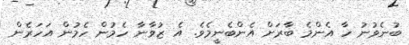
ބުނެވުނު ހާ އެންމެ ބާރަށް އެންބެނީމެވެ. އެ ޒުވާނާ ހެމުން ހެމުން އަހަރެން